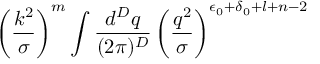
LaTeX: \left( \frac { k ^ { 2 } } { \sigma } \right) ^ { m } \int \frac { d ^ { D } q } { ( 2 \pi ) ^ { D } } \left( \frac { q ^ { 2 } } { \sigma } \right) ^ { \epsilon _ { 0 } + \delta _ { 0 } + l + n - 2 }